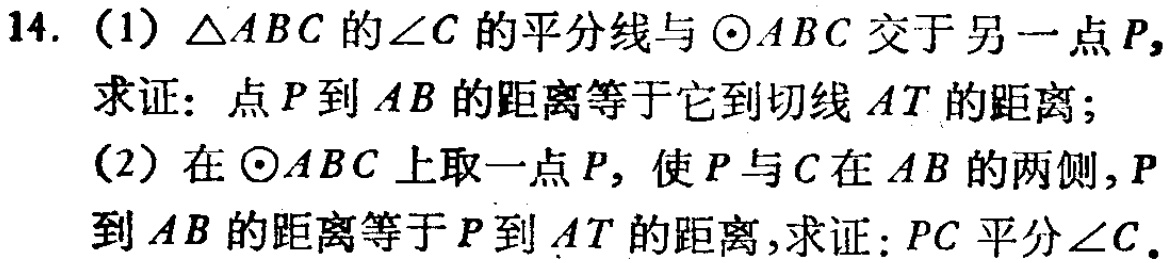
14. (1) $\triangle ABC$ 的$\angle C$ 的平分线与$\odot ABC$ 交于另一点$P$，
求证：点$P$到$AB$的距离等于它到切线$AT$的距离；
(2) 在$\odot ABC$ 上取一点$P$，使$P$与$C$在$AB$的两侧，$P$
到$AB$的距离等于$P$到$AT$的距离，求证：$PC$平分$\angle C$。